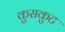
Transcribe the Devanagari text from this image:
कुसकुट